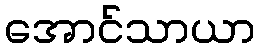
အောင်သာယာ